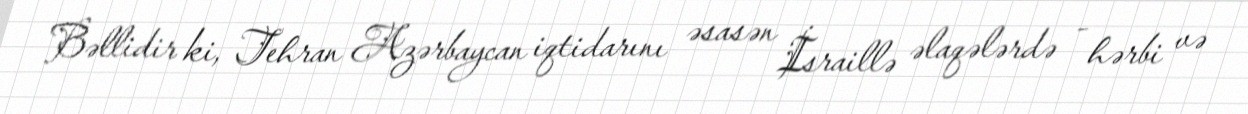
Bəllidir ki, Tehran Azərbaycan iqtidarını əsasən İsraillə əlaqələrdə - hərbi və